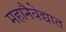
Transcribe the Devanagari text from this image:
महानैवेद्यात